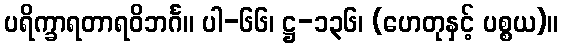
ပရိက္ခာရတာရဝိဘင်္ဂ။ ပါ-၆၆၊ ဋ္ဌ-၁၃၆၊ (ဟေတုနှင့် ပစ္စယ)။